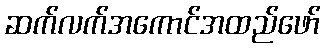
ဆက်လက်အကောင်အထည်ဖော်